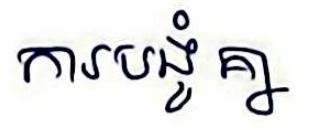
ការបង្ខំគ្នា